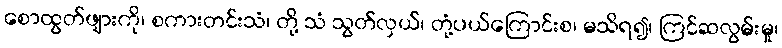
စောထွတ်ဖျားကို၊ စကားတင်းသံ၊ တို့ သံ သွတ်လှယ်၊ တုံ့ပယ်ကြောင်းစ၊ မသိရ၍၊ ကြင်ဆလွမ်းမှု၊